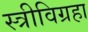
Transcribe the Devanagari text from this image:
स्त्रीविग्रहा